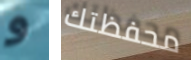
و محفظتك